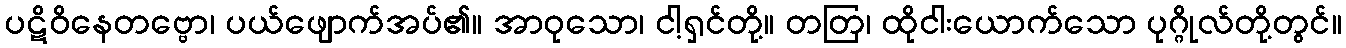
ပဋိဝိနေတဗ္ဗော၊ ပယ်ဖျောက်အပ်၏။ အာဝုသော၊ ငါ့ရှင်တို့။ တတြ၊ ထိုငါးယောက်သော ပုဂ္ဂိုလ်တို့တွင်။